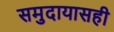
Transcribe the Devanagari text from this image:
समुदायासही